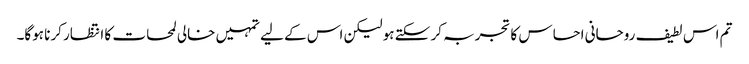
تم اس لطیف روحانی احساس کا تجربہ کر سکتے ہو لیکن اس کے لیے تمہیں خالی لمحات کا انتظار کرنا ہوگا۔